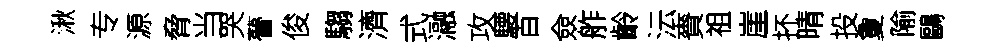
湫专源脅当哭瞢俊騶濟式瀜攻騕百僉舴齡沄賚祖崖抔晴投夐隃鷗